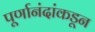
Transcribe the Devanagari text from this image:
पूर्णानंदांकडून